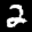
Label: 2